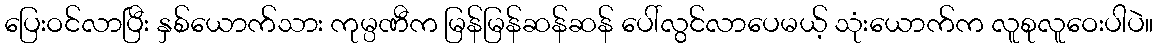
ပြေးဝင်လာပြီး နှစ်ယောက်သား ကုမ္ပဏီက မြန်မြန်ဆန်ဆန် ပေါ်လွင်လာပေမယ့် သုံးယောက်က လူစုလူဝေးပါပဲ။